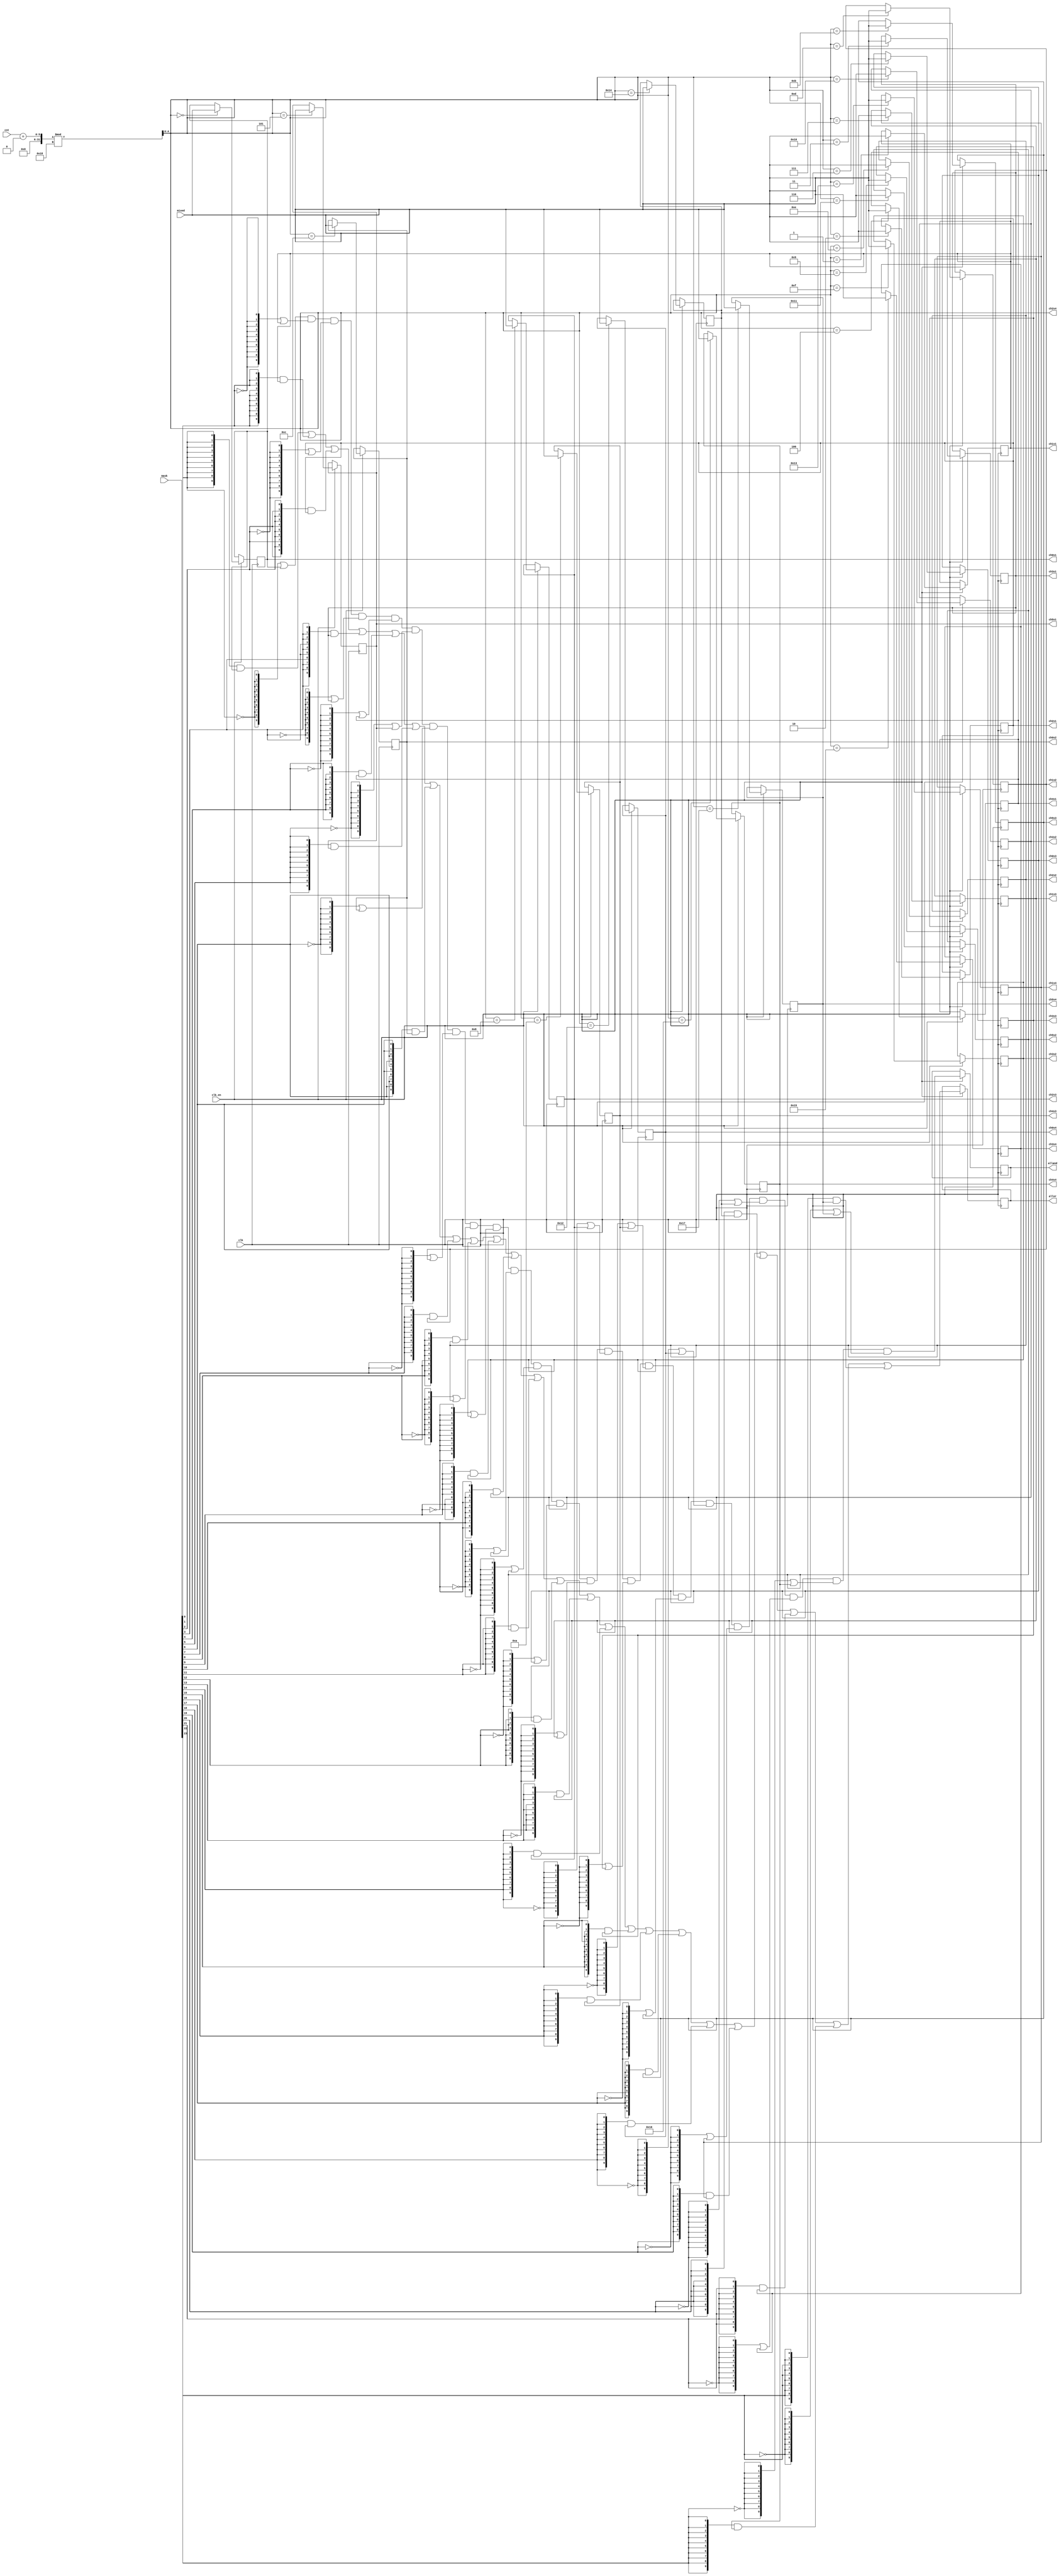
module sep24 #(parameter width=10, parameter pos0=5'd0)
(
	input 	clk,
	input	clk_en,
	input [width-1:0] mixed,
	input [23:0] mask,
	input [4:0] cnt,	
	
	output reg [width-1:0] ch0s1,
	output reg [width-1:0] ch1s1,
	output reg [width-1:0] ch2s1,
	output reg [width-1:0] ch3s1,
	output reg [width-1:0] ch4s1,
	output reg [width-1:0] ch5s1,

	output reg [width-1:0] ch0s2,
	output reg [width-1:0] ch1s2,
	output reg [width-1:0] ch2s2,
	output reg [width-1:0] ch3s2,
	output reg [width-1:0] ch4s2,
	output reg [width-1:0] ch5s2,

	output reg [width-1:0] ch0s3,
	output reg [width-1:0] ch1s3,
	output reg [width-1:0] ch2s3,
	output reg [width-1:0] ch3s3,
	output reg [width-1:0] ch4s3,
	output reg [width-1:0] ch5s3,

	output reg [width-1:0] ch0s4,
	output reg [width-1:0] ch1s4,
	output reg [width-1:0] ch2s4,
	output reg [width-1:0] ch3s4,
	output reg [width-1:0] ch4s4,
	output reg [width-1:0] ch5s4,
	
	output reg [width-1:0] alland,
	output reg [width-1:0] allor );

reg [4:0] cntadj;

/* verilator lint_off WIDTH */
always @(*)
	cntadj = (cnt+pos0)%24;
/* verilator lint_on WIDTH */

always @(posedge clk) if( clk_en ) begin
	case( cntadj )
		5'd0: ch0s1 <= mixed;
		5'd1: ch1s1 <= mixed;
		5'd2: ch2s1 <= mixed;
		5'd3: ch3s1 <= mixed;  		   
		5'd4: ch4s1 <= mixed;
		5'd5: ch5s1 <= mixed;
		
		5'd6: ch0s3 <= mixed;
		5'd7: ch1s3 <= mixed;
		5'd8: ch2s3 <= mixed;
		5'd9: ch3s3 <= mixed;  		   
		5'ha: ch4s3 <= mixed;
		5'hb: ch5s3 <= mixed; 

		5'hc: ch0s2 <= mixed;
		5'hd: ch1s2 <= mixed;
		5'he: ch2s2 <= mixed;
		5'hf: ch3s2 <= mixed;  		   
		5'h10: ch4s2 <= mixed;
		5'h11: ch5s2 <= mixed;    
		
		5'h12: ch0s4 <= mixed;
		5'h13: ch1s4 <= mixed;
		5'h14: ch2s4 <= mixed;
		5'h15: ch3s4 <= mixed; 			   
		5'h16: ch4s4 <= mixed;
		5'h17: ch5s4 <= mixed; 		   
		default:;
	endcase
	
	alland <= 	({width{~mask[0]}} | ch0s1) &
				({width{~mask[1]}} | ch1s1) &
				({width{~mask[2]}} | ch2s1) &
				({width{~mask[3]}} | ch3s1) &
				({width{~mask[4]}} | ch4s1) &
				({width{~mask[5]}} | ch5s1) &
				({width{~mask[6]}} | ch0s2) &
				({width{~mask[7]}} | ch1s2) &
				({width{~mask[8]}} | ch2s2) &
				({width{~mask[9]}} | ch3s2) &
				({width{~mask[10]}} | ch4s2) &
				({width{~mask[11]}} | ch5s2) &
				({width{~mask[12]}} | ch0s3) &
				({width{~mask[13]}} | ch1s3) &
				({width{~mask[14]}} | ch2s3) &
				({width{~mask[15]}} | ch3s3) &
				({width{~mask[16]}} | ch4s3) &
				({width{~mask[17]}} | ch5s3) &
				({width{~mask[18]}} | ch0s4) &
				({width{~mask[19]}} | ch1s4) &
				({width{~mask[20]}} | ch2s4) &
				({width{~mask[21]}} | ch3s4) &
				({width{~mask[22]}} | ch4s4) &
				({width{~mask[23]}} | ch5s4);

	allor <= 	({width{mask[0]}} & ch0s1) |
				({width{mask[1]}} & ch1s1) |
				({width{mask[2]}} & ch2s1) |
				({width{mask[3]}} & ch3s1) |
				({width{mask[4]}} & ch4s1) |
				({width{mask[5]}} & ch5s1) |
				({width{mask[6]}} & ch0s2) |
				({width{mask[7]}} & ch1s2) |
				({width{mask[8]}} & ch2s2) |
				({width{mask[9]}} & ch3s2) |
				({width{mask[10]}} & ch4s2) |
				({width{mask[11]}} & ch5s2) |
				({width{mask[12]}} & ch0s3) |
				({width{mask[13]}} & ch1s3) |
				({width{mask[14]}} & ch2s3) |
				({width{mask[15]}} & ch3s3) |
				({width{mask[16]}} & ch4s3) |
				({width{mask[17]}} & ch5s3) |
				({width{mask[18]}} & ch0s4) |
				({width{mask[19]}} & ch1s4) |
				({width{mask[20]}} & ch2s4) |
				({width{mask[21]}} & ch3s4) |
				({width{mask[22]}} & ch4s4) |
				({width{mask[23]}} & ch5s4);
				
end
	
endmodule